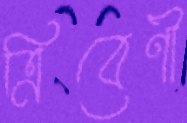
ত্রিবেণী